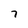
Character: 7